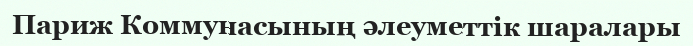
Париж Коммунасының әлеуметтік шаралары